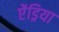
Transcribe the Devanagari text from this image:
ऐंड्रिया